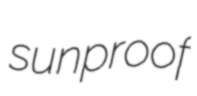
sunproof